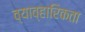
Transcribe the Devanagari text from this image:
व्याव्हारिकता